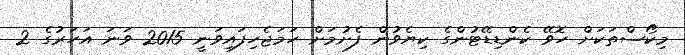
މިކޯސްތަކަށް ހޮވޭ ކެންޑިޑޭޓުންގެ ކިޔެވުން ފެށުމަށް ހަމަޖެހިފައިވަނީ 2015 ވަނަ އަހަރުގެ 2